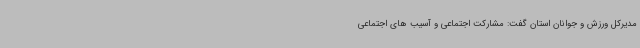
مدیرکل ورزش و جوانان استان گفت: مشارکت اجتماعی و آسیب های اجتماعی